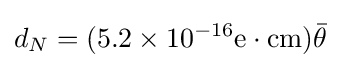
d_{N}=(5.2\times 10^{-16}{\text{e}}\cdot {\text{cm}}){\bar {\theta }}